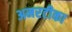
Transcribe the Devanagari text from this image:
अमरटीका